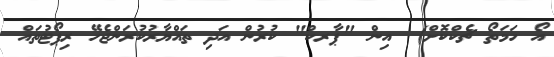
އޯ ހަމަތޯ ޗެކްކޮށް)  އިން "ޕާރކް" ކުރުން އަދި ތައްޔާރުކުރަންޖެހޭ ރިޕޯޓުތައް